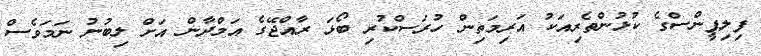
ފިލިޕީންސްގެ ކުޅުންތެރިއަކު އަރިމަތިން ހުރަސްކުރި ބޯޅަ ރާއްޖޭގެ އަމްދާން އަށް ލިބުނު ނަމަވެސް